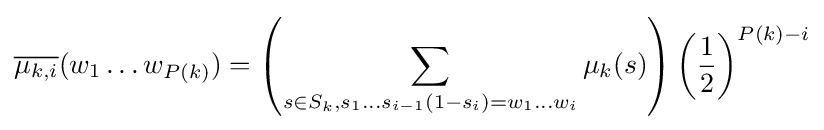
{\overline {\mu _{k,i}}}(w_{1}\ldots w_{P(k)})=\left(\sum _{s\in S_{k},s_{1}\ldots s_{i-1}(1-s_{i})=w_{1}\ldots w_{i}}\mu _{k}(s)\right)\left({\frac {1}{2}}\right)^{P(k)-i}